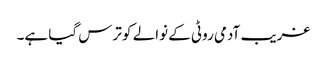
غریب آدمی روٹی کے نوالے کو ترس گیا ہے۔